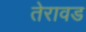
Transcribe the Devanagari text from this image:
तेरावड